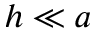
h \ll a